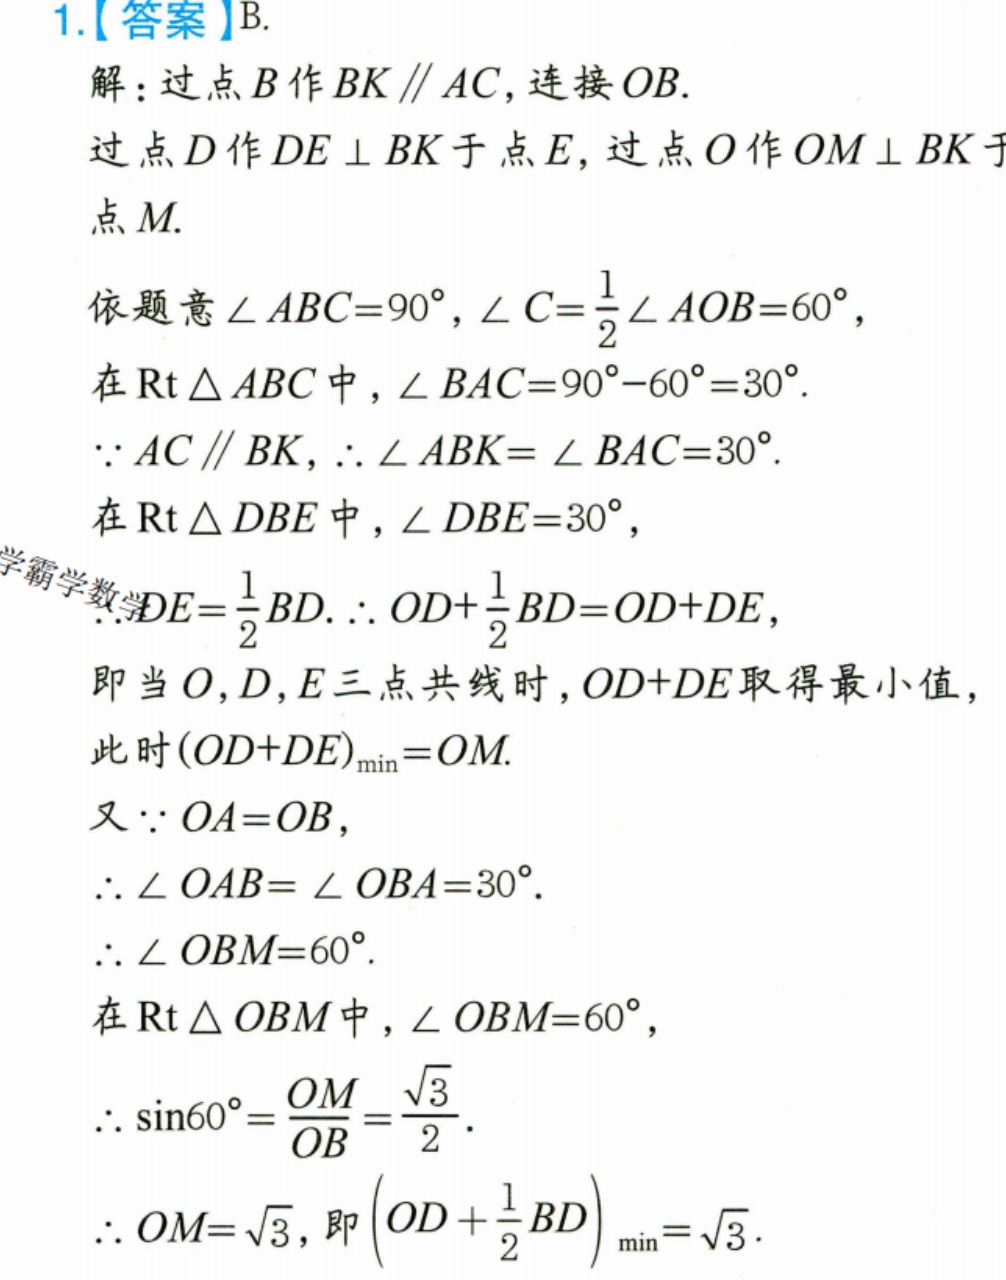
1.【答案】B.
解：过点\(B\)作\(BK\parallel AC\)，连接\(OB\).
过点\(D\)作\(DE\perp BK\)于点\(E\)，过点\(O\)作\(OM\perp BK\)于点\(M\).

依题意\(\angle ABC = 90^{\circ}\)，\(\angle C=\frac{1}{2}\angle AOB = 60^{\circ}\)，
在\(\text{Rt}\triangle ABC\)中，\(\angle BAC = 90^{\circ}-60^{\circ}=30^{\circ}\).
\(\because AC\parallel BK\)，\(\therefore\angle ABK=\angle BAC = 30^{\circ}\).
在\(\text{Rt}\triangle DBE\)中，\(\angle DBE = 30^{\circ}\)，
\(\therefore DE=\frac{1}{2}BD\). \(\therefore OD+\frac{1}{2}BD=OD + DE\)，
即当\(O\)，\(D\)，\(E\)三点共线时，\(OD + DE\)取得最小值，
此时\((OD + DE)_{\min}=OM\).

又\(\because OA = OB\)，
\(\therefore\angle OAB=\angle OBA = 30^{\circ}\).
\(\therefore\angle OBM = 60^{\circ}\).
在\(\text{Rt}\triangle OBM\)中，\(\angle OBM = 60^{\circ}\)，
\(\therefore\sin60^{\circ}=\frac{OM}{OB}=\frac{\sqrt{3}}{2}\).
\(\therefore OM=\sqrt{3}\)，即\(\left(OD+\frac{1}{2}BD\right)_{\min}=\sqrt{3}\).